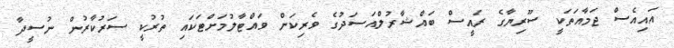
އައިއެސް ޖަމާއަތަކީ ސޫރިޔާގެ ރައީސް ބައްޝާރުލްއަސަދުގެ ވެރިކަން ވައްޓާލުމަށްޓަކައި ތުރުކީ ސަރުކާރުން ނުސީދާ